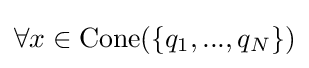
\forall x\in \mathrm {Cone} (\{q_{1},...,q_{N}\})